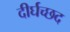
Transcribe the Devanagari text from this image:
दीर्घच्छद